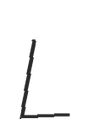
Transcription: L